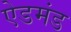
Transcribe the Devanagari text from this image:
ऐडमंड